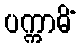
ပက္ကာမိံ